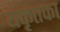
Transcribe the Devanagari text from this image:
यकृतका